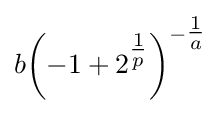
b{\left(-1+2^{\tfrac {1}{p}}\right)}^{-{\tfrac {1}{a}}}